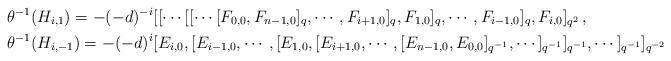
LaTeX: \begin{align*}&\theta^{-1}(H_{i,1})=-(-d)^{-i}[[\cdots[[\cdots [F_{0,0},F_{n-1,0}]_{q},\cdots,F_{i+1,0}]_{q},F_{1,0}]_{q},\cdots,F_{i-1,0}]_{q},F_{i,0}]_{q^{2}}\,,\\&\theta^{-1}(H_{i,-1})=-(-d)^{i}[E_{i,0},[E_{i-1,0},\cdots,[E_{1,0},[E_{i+1,0},\cdots,[E_{n-1,0},E_{0,0}]_{q^{-1}},\cdots]_{q^{-1}}]_{q^{-1}},\cdots]_{q^{-1}}]_{q^{-2}}\,\end{align*}